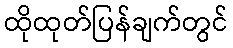
ထိုထုတ်ပြန်ချက်တွင်